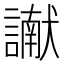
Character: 𮘾